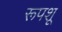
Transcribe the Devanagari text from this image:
रूपशू